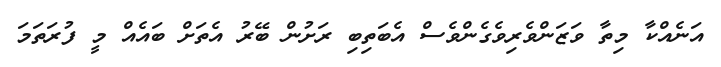
އަނެއްކާ މިތާ ވަޒަންވެރިވެގެންވެސް އެބަތިބި ރަށުން ބޭރު އެތަށް ބައެއް މީ ފުރަތަމަ